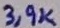
Text: 3,9K